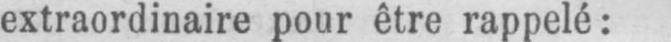
extraordinaire pour être rappelé: